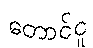
တောင်ငူ